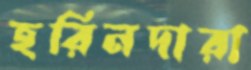
হরিনদারা